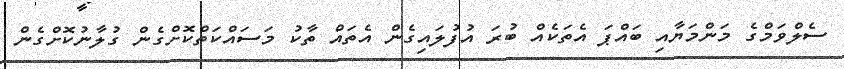
ސެލްވަމްގެ މަންމަޔާއި ބައްޕަ އެތަކެއް ބުރަ އުފުލައިގެން އެތައް ތާކު މަސައްކަތްކޮށްގެން ގުލާނުކޮށްގެން